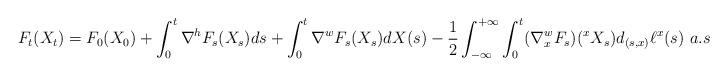
LaTeX: \begin{align*}F_t(X_t) = F_0(X_0)+ \int_0^t\nabla^hF_s(X_s)ds + \int_0^t\nabla^wF_s(X_s)dX(s) - \frac{1}{2}\int_{-\infty}^{+\infty}\int_0^t(\nabla^w_xF_s)(^{x}X_s)d_{(s,x)}\ell^x(s)~a.s\end{align*}